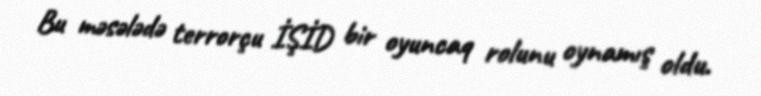
Bu məsələdə terrorçu İŞİD bir oyuncaq rolunu oynamış oldu.